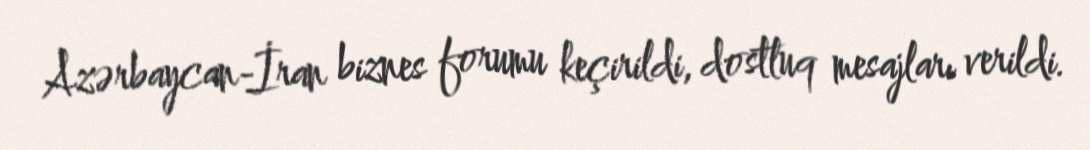
Azərbaycan-İran biznes forumu keçirildi, dostluq mesajları verildi.